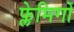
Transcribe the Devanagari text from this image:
फ्लेमिगों